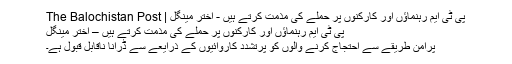
پی ٹی ایم رہنماؤں اور کارکنوں پر حملے کی مذمت کرتے ہیں - اختر مینگل | The Balochistan Post
پی ٹی ایم رہنماؤں اور کارکنوں پر حملے کی مذمت کرتے ہیں – اختر مینگل
پرامن طریقے سے احتجاج کرنے والوں کو پرتشدد کاروائیوں کے ذرایعے سے ڈرانا ناقابل قبول ہے۔